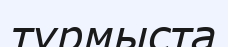
түрмыста